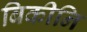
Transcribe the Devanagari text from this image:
बिकीनि